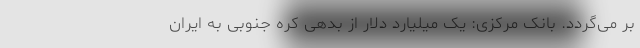
بر می‌گردد. بانک مرکزی: یک میلیارد دلار از بدهی کره جنوبی به ایران